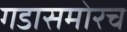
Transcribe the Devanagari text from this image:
गडासमोरच